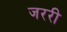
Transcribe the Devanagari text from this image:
जररी